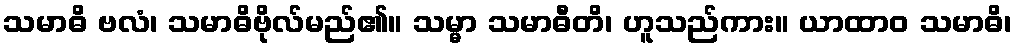
သမာဓိ ဗလံ၊ သမာဓိဗိုလ်မည်၏။ သမ္မာ သမာဓီတိ၊ ဟူသည်ကား။ ယာထာဝ သမာဓိ၊